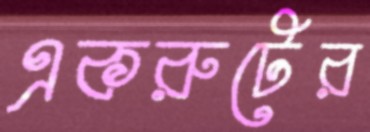
একরুটের